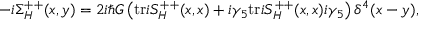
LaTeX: - i \Sigma _ { H } ^ { + + } ( x , y ) = 2 i \hbar G \left( \mathrm { t r } i S _ { H } ^ { + + } ( x , x ) + i \gamma _ { 5 } \mathrm { t r } i S _ { H } ^ { + + } ( x , x ) i \gamma _ { 5 } \right) \delta ^ { 4 } ( x - y ) ,